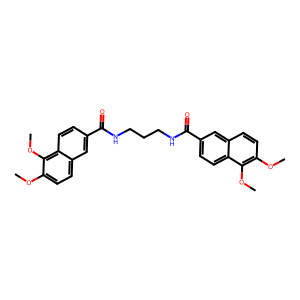
SMILES: COc1ccc2cc(C(=O)NCCCNC(=O)c3ccc4c(OC)c(OC)ccc4c3)ccc2c1OC
Inhibits HIV replication: No